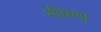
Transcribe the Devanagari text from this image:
भीषण।